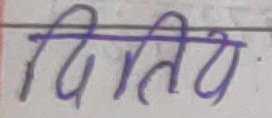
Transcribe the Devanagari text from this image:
द्वितीय